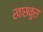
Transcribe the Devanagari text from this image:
खासकुरा